Assam Mental Hospital (Tezpur, India) - 1933-1948
Year: 1933
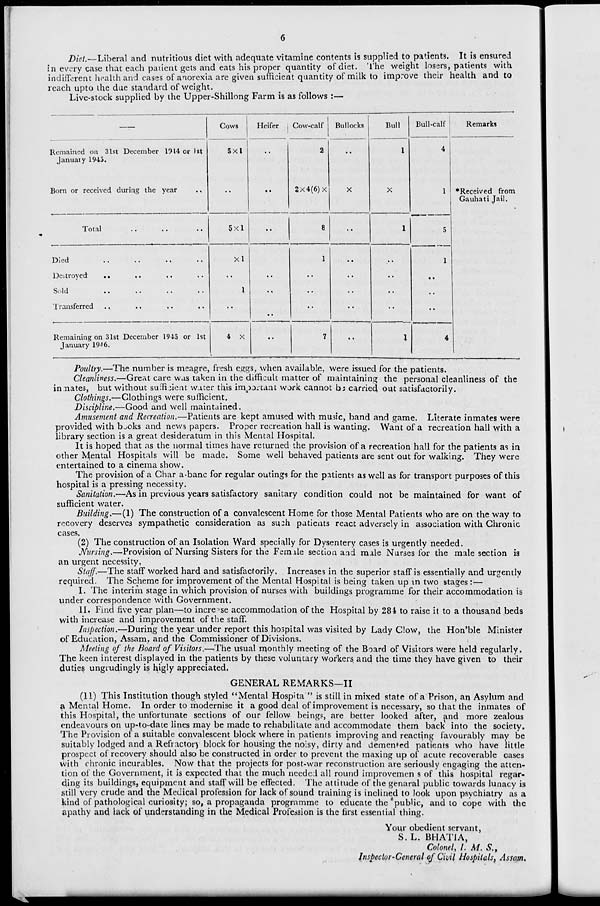
6
Diet.—Liberal and nutritious diet with adequate vitamine contents is supplied to patients. It is ensured
in every case that each patient gets and eats his proper quantity of diet. The weight losers, patients with
indifferent health and cases of anorexia are given sufficient quantity of milk to improve their health and to
reach upto the due standard of weight.
Live-stock supplied by the Upper-Shillong Farm is as follows :—
—
Remained on 31st December 1944 or 1st
January 1945.
Born or received during the year ..
Total .. .. ..
Died
..
..
..
..
Destroyed
..
..
.. ..
Sold .. .. .. ..
Transferred
..
..
..
..
Remaining on 31st December 1945 or 1st
January 1946.
Cows
5×1
..
5×1
×1
..
1
..
4 ×
Heifer
..
..
..
..
..
..
..
Cow-calf
2
2×4(6)×
8
1
..
..
..
7
Bullocks
..
×
..
..
..
..
..
..
Bull
1
×
1
..
..
..
..
1
Bull-calf
4
1
5
1
..
..
..
4
Remarks
*Received from
Gauhati Jail.
Poultry.—The number is meagre, fresh eggs, when available, were issued for the patients.
Cleanliness.—Great care was taken in the difficult matter of maintaining the personal cleanliness of the
inmates, but without sufficient water this important work cannot be carried out satisfactorily.
Clothings.—Clothings were sufficient.
Discipline.—Good and well maintained.
Amusement and Recreation.—Patients are kept amused with music, band and game. Literate inmates were
provided with books and news papers. Proper recreation hall is wanting. Want of a recreation hall with a
library section is a great desideratum in this Mental Hospital.
It is hoped that as the normal times have returned the provision of a recreation hall for the patients as in
other Mental Hospitals will be made. Some well behaved patients are sent out for walking. They were
entertained to a cinema show.
The provision of a Char a-banc for regular outings for the patients as well as for transport purposes of this
hospital is a pressing necessity.
Sanitation.—As in previous years satisfactory sanitary condition could not be maintained for want of
sufficient water.
Building.—(1) The construction of a convalescent Home for those Mental Patients who are on the way to
recovery deserves sympathetic consideration as such patients react adversely in association with Chronic
cases.
(2) The construction of an Isolation Ward specially for Dysentery cases is urgently needed.
Nursing.—Provision of Nursing Sisters for the Female section and male Nurses for the male section is
an urgent necessity,
Staff.—The staff worked hard and satisfactorily. Increases in the superior staff is essentially and urgently
required. The Scheme for improvement of the Mental Hospital is being taken up in two stages :—
I. The interim stage in which provision of nurses with buildings programme for their accommodation is
under correspondence with Government.
II. Find five year plan—to increase accommodation of the Hospital by 284 to raise it to a thousand beds
with increase and improvement of the staff.
Inspection.—During the year under report this hospital was visited by Lady Clow, the Hon'ble Minister
of Education, Assam, and the Commissioner of Divisions.
Meeting of the Board of Visitors.—The usual monthly meeting of the Board of Visitors were held regularly.
The keen interest displayed in the patients by these voluntary workers and the time they have given to their
duties ungrudingly is higly appreciated.
GENERAL REMARKS—II
(11) This Institution though styled "Mental Hospital " is still in mixed state of a Prison, an Asylum and
a Mental Home. In order to modernise it a good deal of improvement is necessary, so that the inmates of
this Hospital, the unfortunate sections of our fellow beings, are better looked after, and more zealous
endeavours on up-to-date lines may be made to rehabilitate and accommodate them back into the society.
The Provision of a suitable convalescent block where in patients improving and reacting favourably may be
suitably lodged and a Refractory block for housing the noisy, dirty and demented patients who have little
prospect of recovery should also be constructed in order to prevent the maxing up of acute recoverable cases
with chronic incurables. Now that the projects for post-war reconstruction are seriously engaging the atten-
tion of the Government, it is expected that the much needed all round improvements of this hospital regar-
ding its buildings, equipment and staff will be effected. The attitude of the genaral public towards lunacy is
still very crude and the Medical profession for lack of sound training is inclined to look upon psychiatry as a
kind of pathological curiosity; so, a propaganda programme to educate the public, and to cope with the
apathy and lack of understanding in the Medical Profession is the first essential thing.
Your obedient servant,
S. L. BHATIA,
Colonel, I. M. S.,
Inspector-General of Civil Hospitals, Assam.